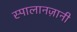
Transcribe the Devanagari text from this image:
स्पालानज़ानी